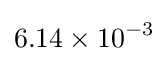
6.14\times 10^{-3}